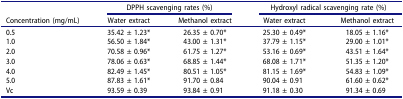
|  | <COLSPAN=2> DPPH scavenging rates (%) | <COLSPAN=2> Hydroxyl radical scavenging rate (%) |
 | Concentration (mg/mL) | Water extract | Methanol extract | Water extract | Methanol extract |
 | --- | --- | --- | --- | --- |
 | 0.5 | 35.42 ± 1.23* | 26.35 ± 0.70* | 25.30 ± 0.49* | 18.05 ± 1.16* |
 | 1.0 | 56.50 ± 1.84* | 43.00 ± 1.31* | 37.79 ± 1.15* | 29.00 ± 1.01* |
 | 2.0 | 70.58 ± 0.96* | 61.75 ± 1.27* | 53.16 ± 0.69* | 43.51 ± 1.64* |
 | 3.0 | 78.06 ± 0.63* | 68.85 ± 1.44* | 68.08 ± 1.71* | 51.35 ± 1.20* |
 | 4.0 | 82.49 ± 1.45* | 80.51 ± 1.05* | 81.15 ± 1.69* | 54.83 ± 1.09* |
 | 5.0 | 87.83 ± 1.61* | 91.70 ± 0.84 | 90.04 ± 0.91 | 61.60 ± 0.62* |
 | Vc | 93.59 ± 0.39 | 93.84 ± 0.91 | 91.18 ± 0.30 | 91.34 ± 0.69 |